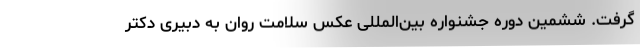
گرفت. ششمین دوره جشنواره بین‌المللی عکس سلامت روان به دبیری دکتر